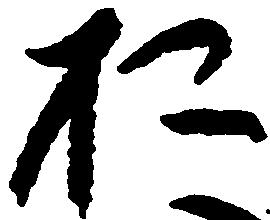
お